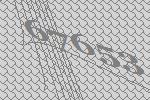
67653